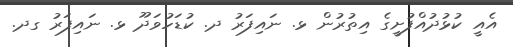
އެއީ ކުޅުދުއްފުށީގެ އިތުރުން ޅ. ނައިފަރު ދ. ކުޑަހުވަދޫ ޅ. ނައިފަރު ގދ.